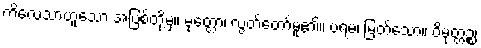
ကိလေသာဟူသော အပြစ်တို့မှ။ မုတ္တော၊ လွတ်တော်မူ၏။ ပရမံ၊ မြတ်သော။ ဝိမုတ္တဉ္စ၊